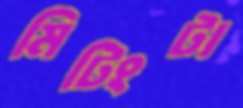
মিটিংটা